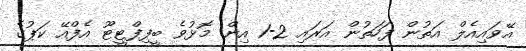
އޭވައިއެލް އަތުން ފަހަތުން އަރައި 2-1 އިން މޮޅުވެ ބީފިފްޓީޓޫ އެފްއޭ ކަޕުގެ